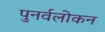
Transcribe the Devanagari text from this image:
पुनर्वलोकन